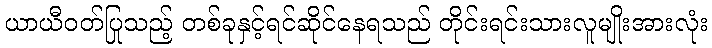
ယာယီဝတ်ပြုသည့် တစ်ခုနှင့်ရင်ဆိုင်နေရသည် တိုင်းရင်းသားလူမျိုးအားလုံး